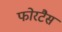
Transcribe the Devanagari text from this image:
फोरटैस